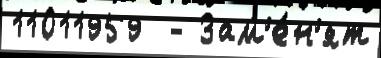
11011959  - Зам'е́н'ят